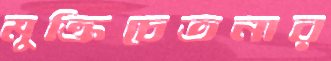
মুক্তিচেতনার